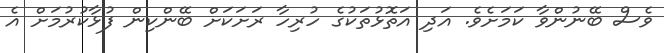
ވެސް ބޭނުންވާ ކަމަށެވެ. އަދި އަތޮޅުތަކުގެ ހުރިހާ ރަށަކަށް ބޭންކިން ފުޅާކުރުމަށް އެ